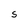
Character: S